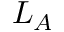
L _ { A }